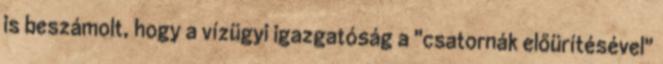
is beszámolt, hogy a vízügyi igazgatóság a "csatornák előürítésével"